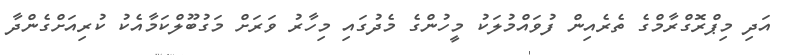
އަދި މިޕްރޮގްރާމްގެ ތެރެއިން ފުވައްމުލަކު މީހުންގެ މެދުގައި މިހާރު ވަރަށް މަގުބޫލްކަމާއެކު ކުރިއަށްގެންދާ